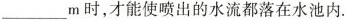
___m 时,才能使喷!日的水流都落在水池内.